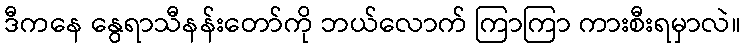
ဒီကနေ နွေရာသီနန်းတော်ကို ဘယ်လောက် ကြာကြာ ကားစီးရမှာလဲ။